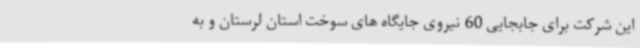
این شرکت برای جابجایی 60 نیروی جایگاه های سوخت استان لرستان و به